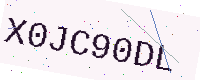
Text: X0JC90DL